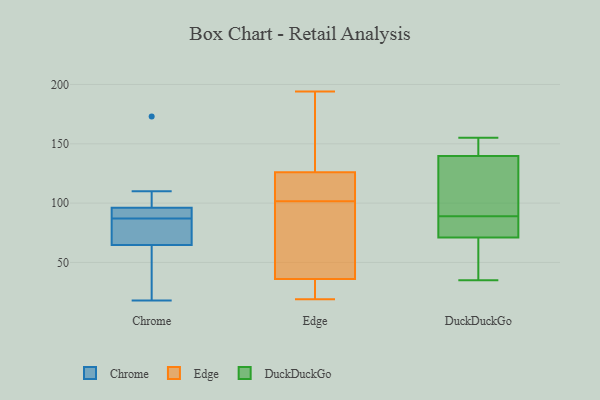
{"axis": {"x": "Humidity (%)", "y": "Value"}, "legend": ["Chrome", "DuckDuckGo", "Edge"], "data": [{"x": "", "y": 87, "type": "Chrome"}, {"x": "", "y": 110, "type": "Chrome"}, {"x": "", "y": 97, "type": "Chrome"}, {"x": "", "y": 70, "type": "Chrome"}, {"x": "", "y": 36, "type": "Chrome"}, {"x": "", "y": 93, "type": "Chrome"}, {"x": "", "y": 18, "type": "Chrome"}, {"x": "", "y": 89, "type": "Chrome"}, {"x": "", "y": 81, "type": "Chrome"}, {"x": "", "y": 63, "type": "Chrome"}, {"x": "", "y": 173, "type": "Chrome"}, {"x": "", "y": 185, "type": "Edge"}, {"x": "", "y": 121, "type": "Edge"}, {"x": "", "y": 78, "type": "Edge"}, {"x": "", "y": 19, "type": "Edge"}, {"x": "", "y": 27, "type": "Edge"}, {"x": "", "y": 126, "type": "Edge"}, {"x": "", "y": 34, "type": "Edge"}, {"x": "", "y": 100, "type": "Edge"}, {"x": "", "y": 82, "type": "Edge"}, {"x": "", "y": 123, "type": "Edge"}, {"x": "", "y": 103, "type": "Edge"}, {"x": "", "y": 194, "type": "Edge"}, {"x": "", "y": 36, "type": "Edge"}, {"x": "", "y": 163, "type": "Edge"}, {"x": "", "y": 89, "type": "DuckDuckGo"}, {"x": "", "y": 136, "type": "DuckDuckGo"}, {"x": "", "y": 74, "type": "DuckDuckGo"}, {"x": "", "y": 155, "type": "DuckDuckGo"}, {"x": "", "y": 115, "type": "DuckDuckGo"}, {"x": "", "y": 155, "type": "DuckDuckGo"}, {"x": "", "y": 70, "type": "DuckDuckGo"}, {"x": "", "y": 141, "type": "DuckDuckGo"}, {"x": "", "y": 88, "type": "DuckDuckGo"}, {"x": "", "y": 59, "type": "DuckDuckGo"}, {"x": "", "y": 35, "type": "DuckDuckGo"}]}